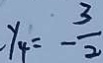
y _ { 4 } = - \frac { 3 } { 2 }